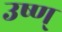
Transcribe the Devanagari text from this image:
उष्ण्